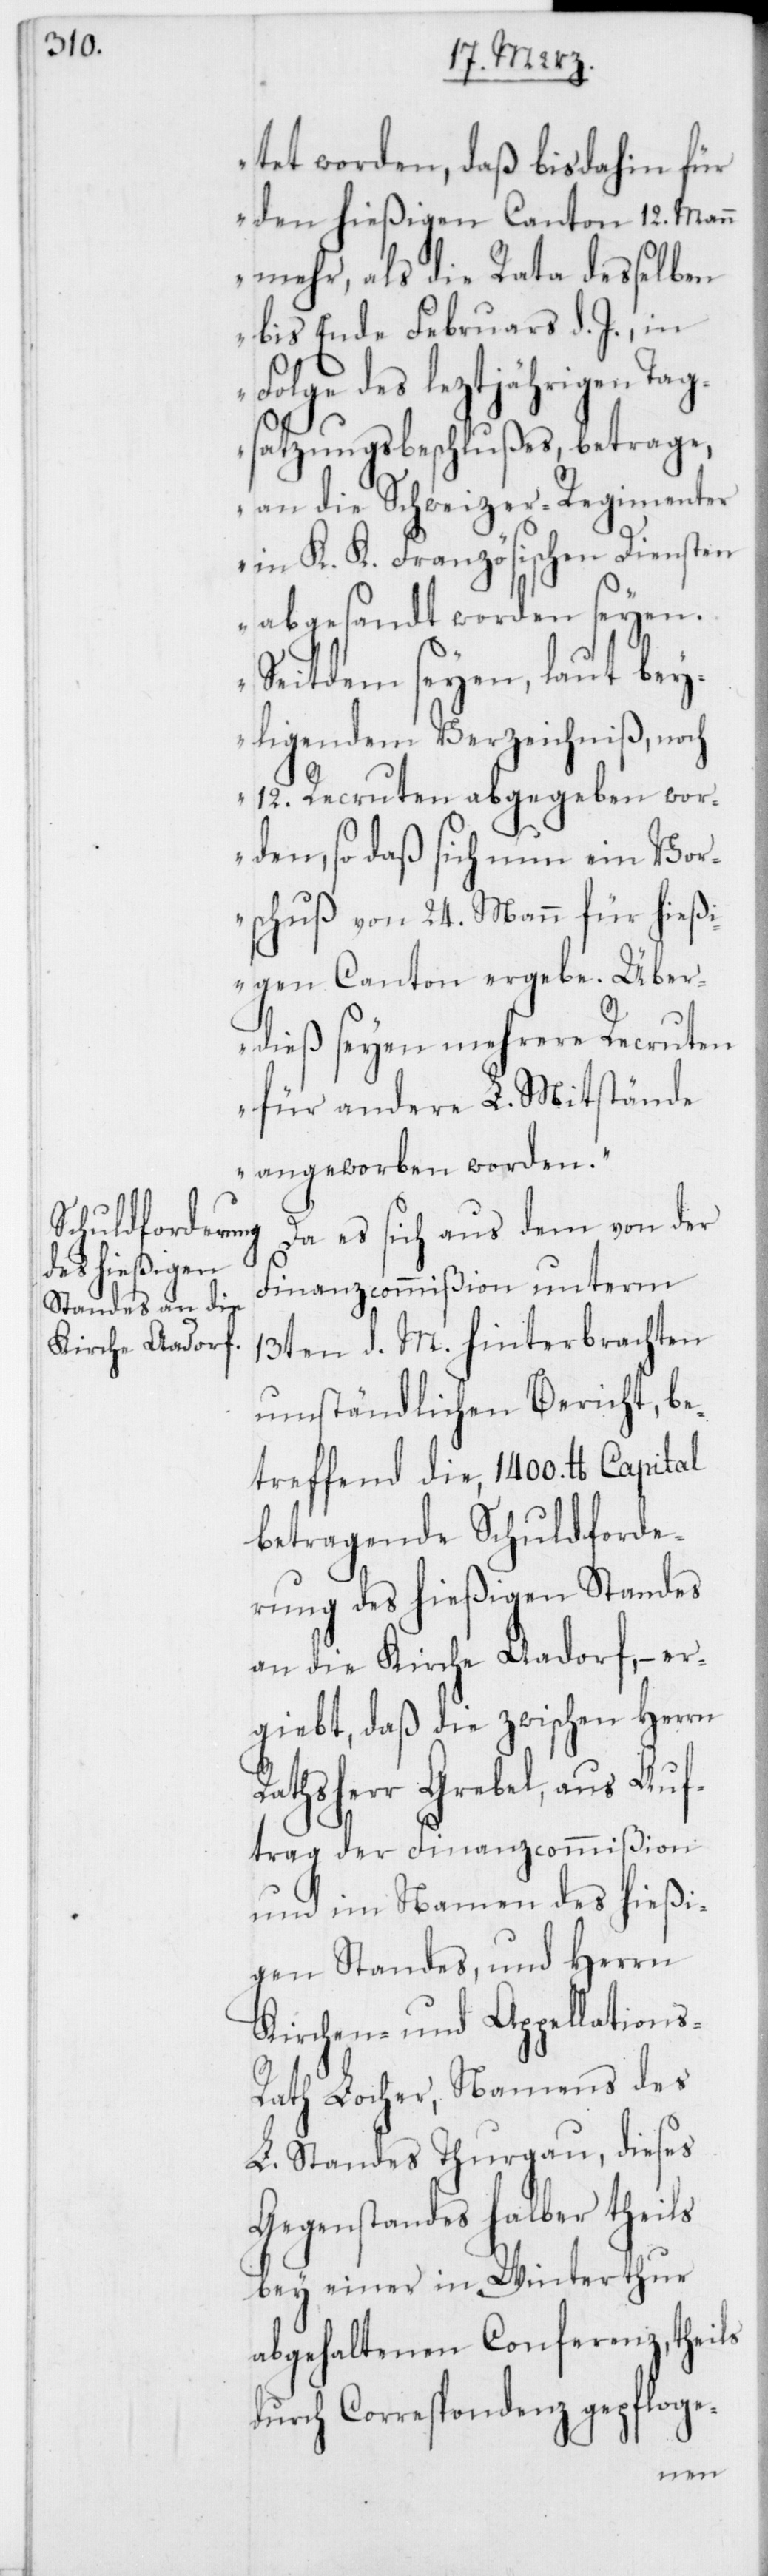
tet worden, daß bis dahin für
den hießigen Canton 12. Mann
mehr, als die Rata desselben
bis Ende Februar d. J., in
Folge des leztjährigen Tag¬
satzungsbeschlußes, betrage,
an die Schweizer-Regimenter
in K. K. Französischen Diensten
abgesandt worden seyen.
Seitdem seyen laut bey¬
ligendem Verzeichniß, noch
12. Recruten abgegeben wor¬
den, so daß sich nun ein Vor¬
schuß von 24. Mann für hießi¬
gen Canton ergebe. Über¬
dieß seyen mehrere Recruten
für andere L. Mitstände
angeworben worden.“
Da es sich aus dem von der
Finanzcommißion unterm
13ten d. M. hinterbrachten
umständlichen Bericht, be¬
treffend die 1400. lb. Capital
betragende Schuldforde¬
rung des hießigen Standes
an die Kirche Aadorf, – er¬
giebt, daß die zwischen Herrn
Rathsherr Grebel, aus Auf¬
trag der Finanzcommißion
und im Namen des hießi¬
gen Standes, und Herrn
Kirchen- und Appellations-R¬
ath Locher, Namens des
L. Standes Thurgau, dieses
Gegenstandes halber theils
bey einer in Winterthur
abgehaltenen Conferenz, theils
durch Correspondenz gepfloge-